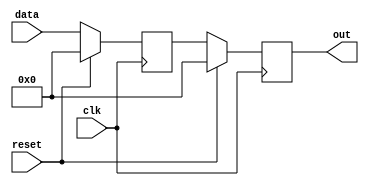
module synchronous_reset_example (
    input wire clk,        // Clock signal
    input wire reset,      // Synchronous reset signal
    input wire [7:0] data, // Data input (example)
    output reg [7:0] out   // Output signal
);

// Internal state variable
reg [7:0] internal_state;

// Always block for synchronous reset and state update
always @(posedge clk) begin
    if (reset) begin
        // Synchronous reset: set internal state and output to reset values
        internal_state <= 8'b0; // Reset internal state to 0
        out <= 8'b0;             // Reset output to 0
    end else begin
        // Normal operation: update internal state and output based on input
        internal_state <= data;  // Example operation: load data into internal state
        out <= internal_state;   // Output the current internal state
    end
end

endmodule